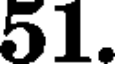
51.